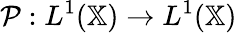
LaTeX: \mathcal{P}:L^{1}(\mathbb{X})\to L^{1}(\mathbb{X})